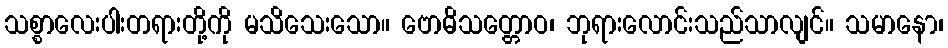
သစ္စာလေးပါးတရားတို့ကို မသိသေးသော။ ဗောဓိသတ္တောဝ၊ ဘုရားလောင်းသည်သာလျင်။ သမာနော၊